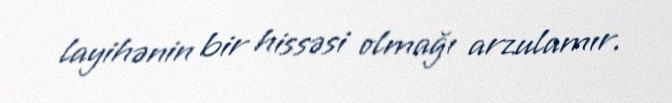
layihənin bir hissəsi olmağı arzulamır.